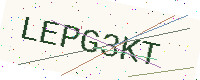
Text: LEPG3KT